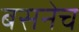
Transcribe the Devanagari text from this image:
बसनेच